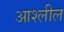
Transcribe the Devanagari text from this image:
आश्लील